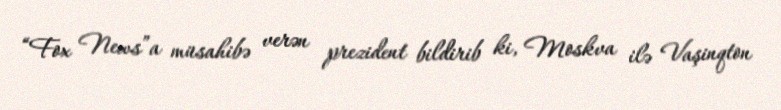
“Fox News”a müsahibə verən prezident bildirib ki, Moskva ilə Vaşinqton